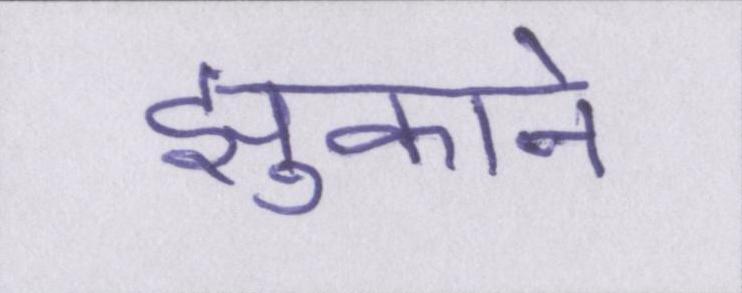
झुकाने